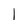
Character: l